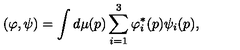
( \varphi , \psi ) = \int d \mu ( p ) \sum _ { i = 1 } ^ { 3 } \varphi _ { i } ^ { \ast } ( p ) \psi _ { i } ( p ) ,